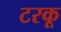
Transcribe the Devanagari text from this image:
टरकू